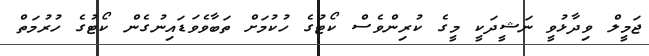
ޖަމީލް ވިދާޅުވީ ނަޝީދަކީ މީގެ ކުރިންވެސް ކޯޓުގެ ހުކުމަށް ތަބާވެވަޑައިނުގެން ކޯޓުގެ ހުރުމަތް